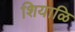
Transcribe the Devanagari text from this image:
शियाळि